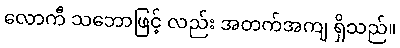
လောကီ သဘောဖြင့် လည်း အတက်အကျ ရှိသည်။